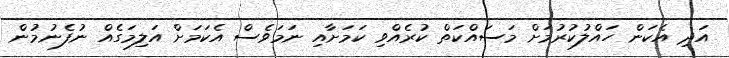
އަދި އެކަން ހައްލުކުރުމަށް މަސައްކަތް ކުރެއްވި ކަމަށާއި ނަމަވެސް އެކަމަށް އަލިމަގެއް ނުފެނުމުން